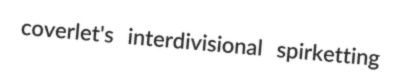
coverlet's interdivisional spirketting